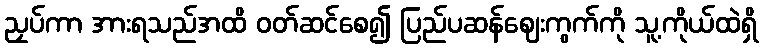
ညှပ်ကာ အားရသည်အထိ ဝတ်ဆင်စေ၍ ပြည်ပဆန်ဈေးကွက်ကို သူ့ကိုယ်ထဲရှိ